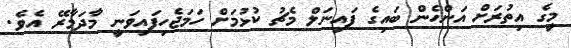
މީގެ އިތުރަށް އަންހެން ބައިގެ ފައިނަލް މެޗު ކުޅުމަށް ހަމަޖެހިފައިވަނީ މާދަމާރޭ އެވެ.